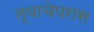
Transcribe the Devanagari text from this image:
त्याचेपरास